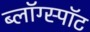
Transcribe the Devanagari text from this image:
ब्लॉग्स्पॉट